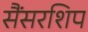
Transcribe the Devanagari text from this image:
सैंसरशिप